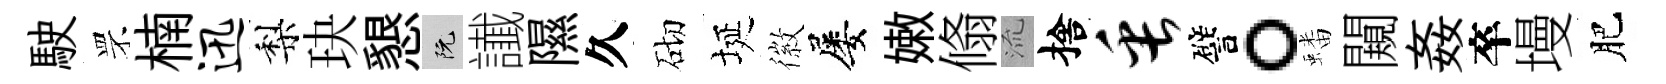
駛罘楠迅梨玦懇阮䜟隰久砌埏徽屡嫩翛𣴑捨缶譬。蟠闚姦卒墁肥